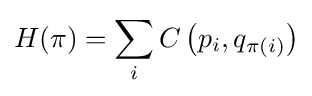
H(\pi )=\sum _{i}C\left(p_{i},q_{\pi (i)}\right)